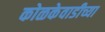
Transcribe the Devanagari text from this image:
कोळकेवाडीच्या